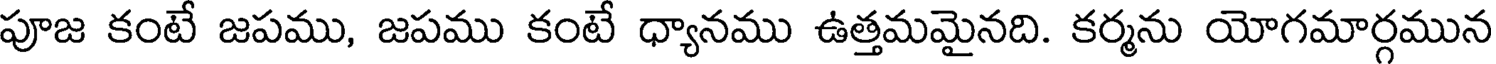
పూజ కంటే జపము, జపము కంటే ధ్యానము ఉత్తమమైనది. కర్మను యోగమార్గమున